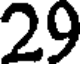
29